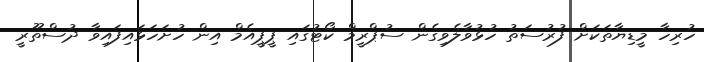
ހުރިހާ މީޑިޔާތަކަށް ފުރުސަތު ހުޅުވާލެވިގެން ސުޕްރީމް ކޯޓުގައި ޕީޕީއެމް އިން ހުށަހަޅައިފައިވާ ދުސްތޫރީ